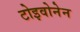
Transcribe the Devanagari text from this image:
टोइवोनेन